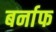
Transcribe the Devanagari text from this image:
बर्नाफ